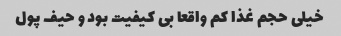
خیلی حجم غذا کم واقعا بی کیفیت بود و حیف پول